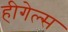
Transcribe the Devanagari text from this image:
हीगेल्स